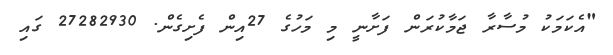
"އެކަމަކު މުސާރާ ޖަމާކުރަން ފަށާނީ މި މަހުގެ 27އިން ފެށިގެން. 27282930 ގައި